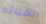
الشتائم